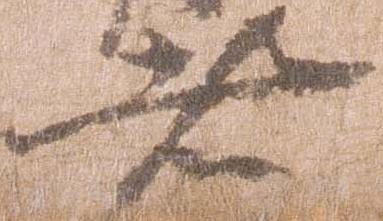
者